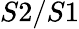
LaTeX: S2/S1